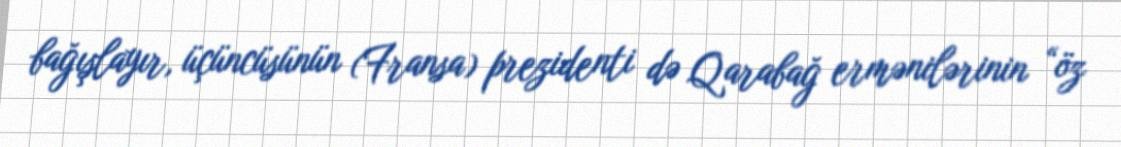
bağışlayır, üçüncüsünün (Fransa) prezidenti də Qarabağ ermənilərinin “öz